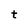
Character: t